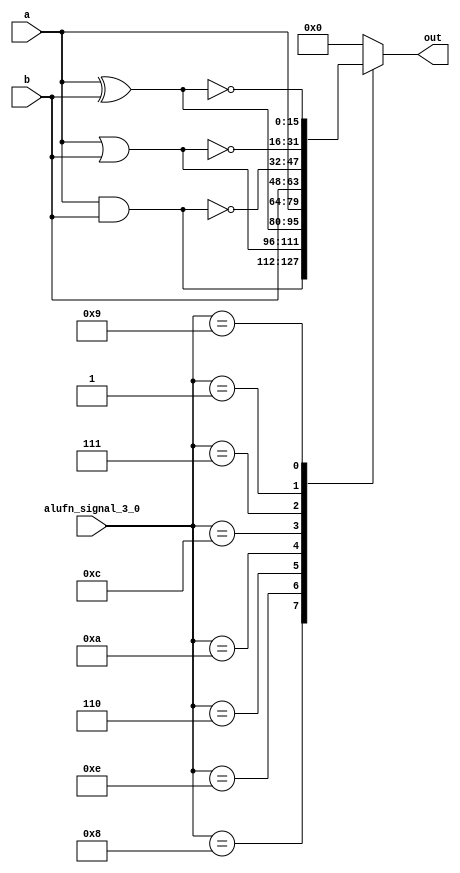
/*
   This file was generated automatically by Alchitry Labs version 1.2.7.
   Do not edit this file directly. Instead edit the original Lucid source.
   This is a temporary file and any changes made to it will be destroyed.
*/

module boolean_19 (
    input [15:0] a,
    input [15:0] b,
    input [3:0] alufn_signal_3_0,
    output reg [15:0] out
  );
  
  
  
  reg [15:0] s;
  
  always @* begin
    s = 16'h0000;
    
    case (alufn_signal_3_0)
      4'h8: begin
        s = a & b;
      end
      4'he: begin
        s = a | b;
      end
      4'h6: begin
        s = a ^ b;
      end
      4'ha: begin
        s = a;
      end
      4'hc: begin
        s = b;
      end
      4'h7: begin
        s = ~(a & b);
      end
      4'h1: begin
        s = ~(a | b);
      end
      4'h9: begin
        s = ~(a ^ b);
      end
      default: begin
        s = 16'h0000;
      end
    endcase
    out = s;
  end
endmodule